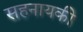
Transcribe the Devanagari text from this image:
सहनायकी